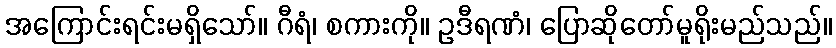
အကြောင်းရင်းမရှိသော်။ ဂီရံ၊ စကားကို။ ဥဒီရဏံ၊ ပြောဆိုတော်မူရိုးမည်သည်။